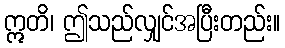
ဣတိ၊ ဤသည်လျှင်အပြီးတည်း။